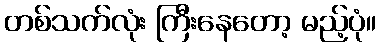
တစ်သက်လုံး ကြီးနေတော့ မည့်ပုံ။